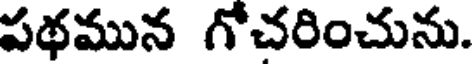
పథమున గోచరించును.